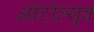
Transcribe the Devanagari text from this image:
ऑटोल्यूब